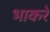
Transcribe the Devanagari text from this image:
भाकरे